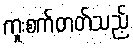
ကူးစက်တတ်သည့်